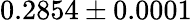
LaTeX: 0.2854\pm 0.0001